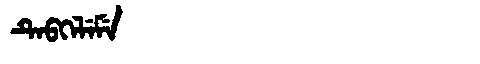
Manchu: ᡨᡝᠪᡴᡝᠯᡝᠮᡝ
Romanization: TEBKELEME